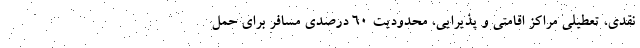
نقدی، تعطیلی مراکز اقامتی و پذیرایی، محدودیت ۶۰ درصدی مسافر برای حمل